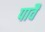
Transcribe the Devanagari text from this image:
पार्वै